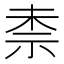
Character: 𮁤